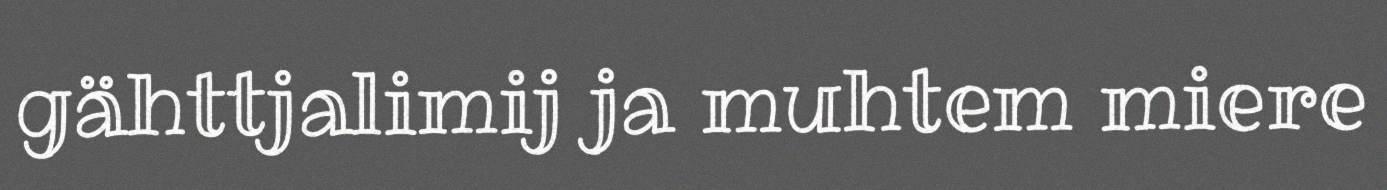
gähttjalimij ja muhtem miere